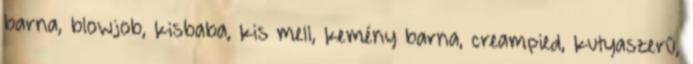
barna, blowjob, kisbaba, kis mell, kemény barna, creampied, kutyaszerű,